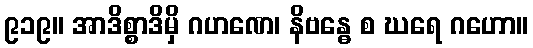
၉၁၉။ အာဒိစ္စာဒိမှိ ဂဟဏေ၊ နိဗန္ဓေ စ ဃရေ ဂဟော။